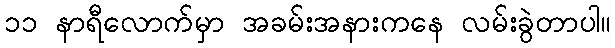
၁၁ နာရီလောက်မှာ အခမ်းအနားကနေ လမ်းခွဲတာပါ။